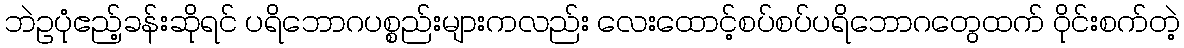
ဘဲဥပုံဧည့်ခန်းဆိုရင် ပရိဘောဂပစ္စည်းများကလည်း လေးထောင့်စပ်စပ်ပရိဘောဂတွေထက် ဝိုင်းစက်တဲ့